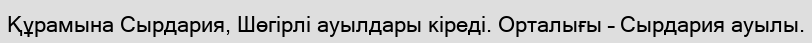
Құрамына Сырдария, Шөгірлі ауылдары кіреді. Орталығы – Сырдария ауылы.